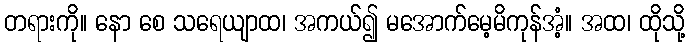
တရားကို။ နော စေ သရေယျာထ၊ အကယ်၍ မအောက်မေ့မိကုန်အံ့။ အထ၊ ထိုသို့